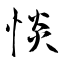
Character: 惔